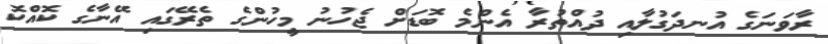
ރާވަނަގެ އުނދަގުލާއި ދުއްތުރާ އެންމެ ބޮޑަށް ޖެހުނު މީހުންގެ ތެރޭގައި އޭނާގެ ކޮއްކޮ